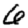
Digit: 6